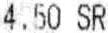
4.50 SR